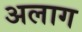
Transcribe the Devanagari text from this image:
अलाग